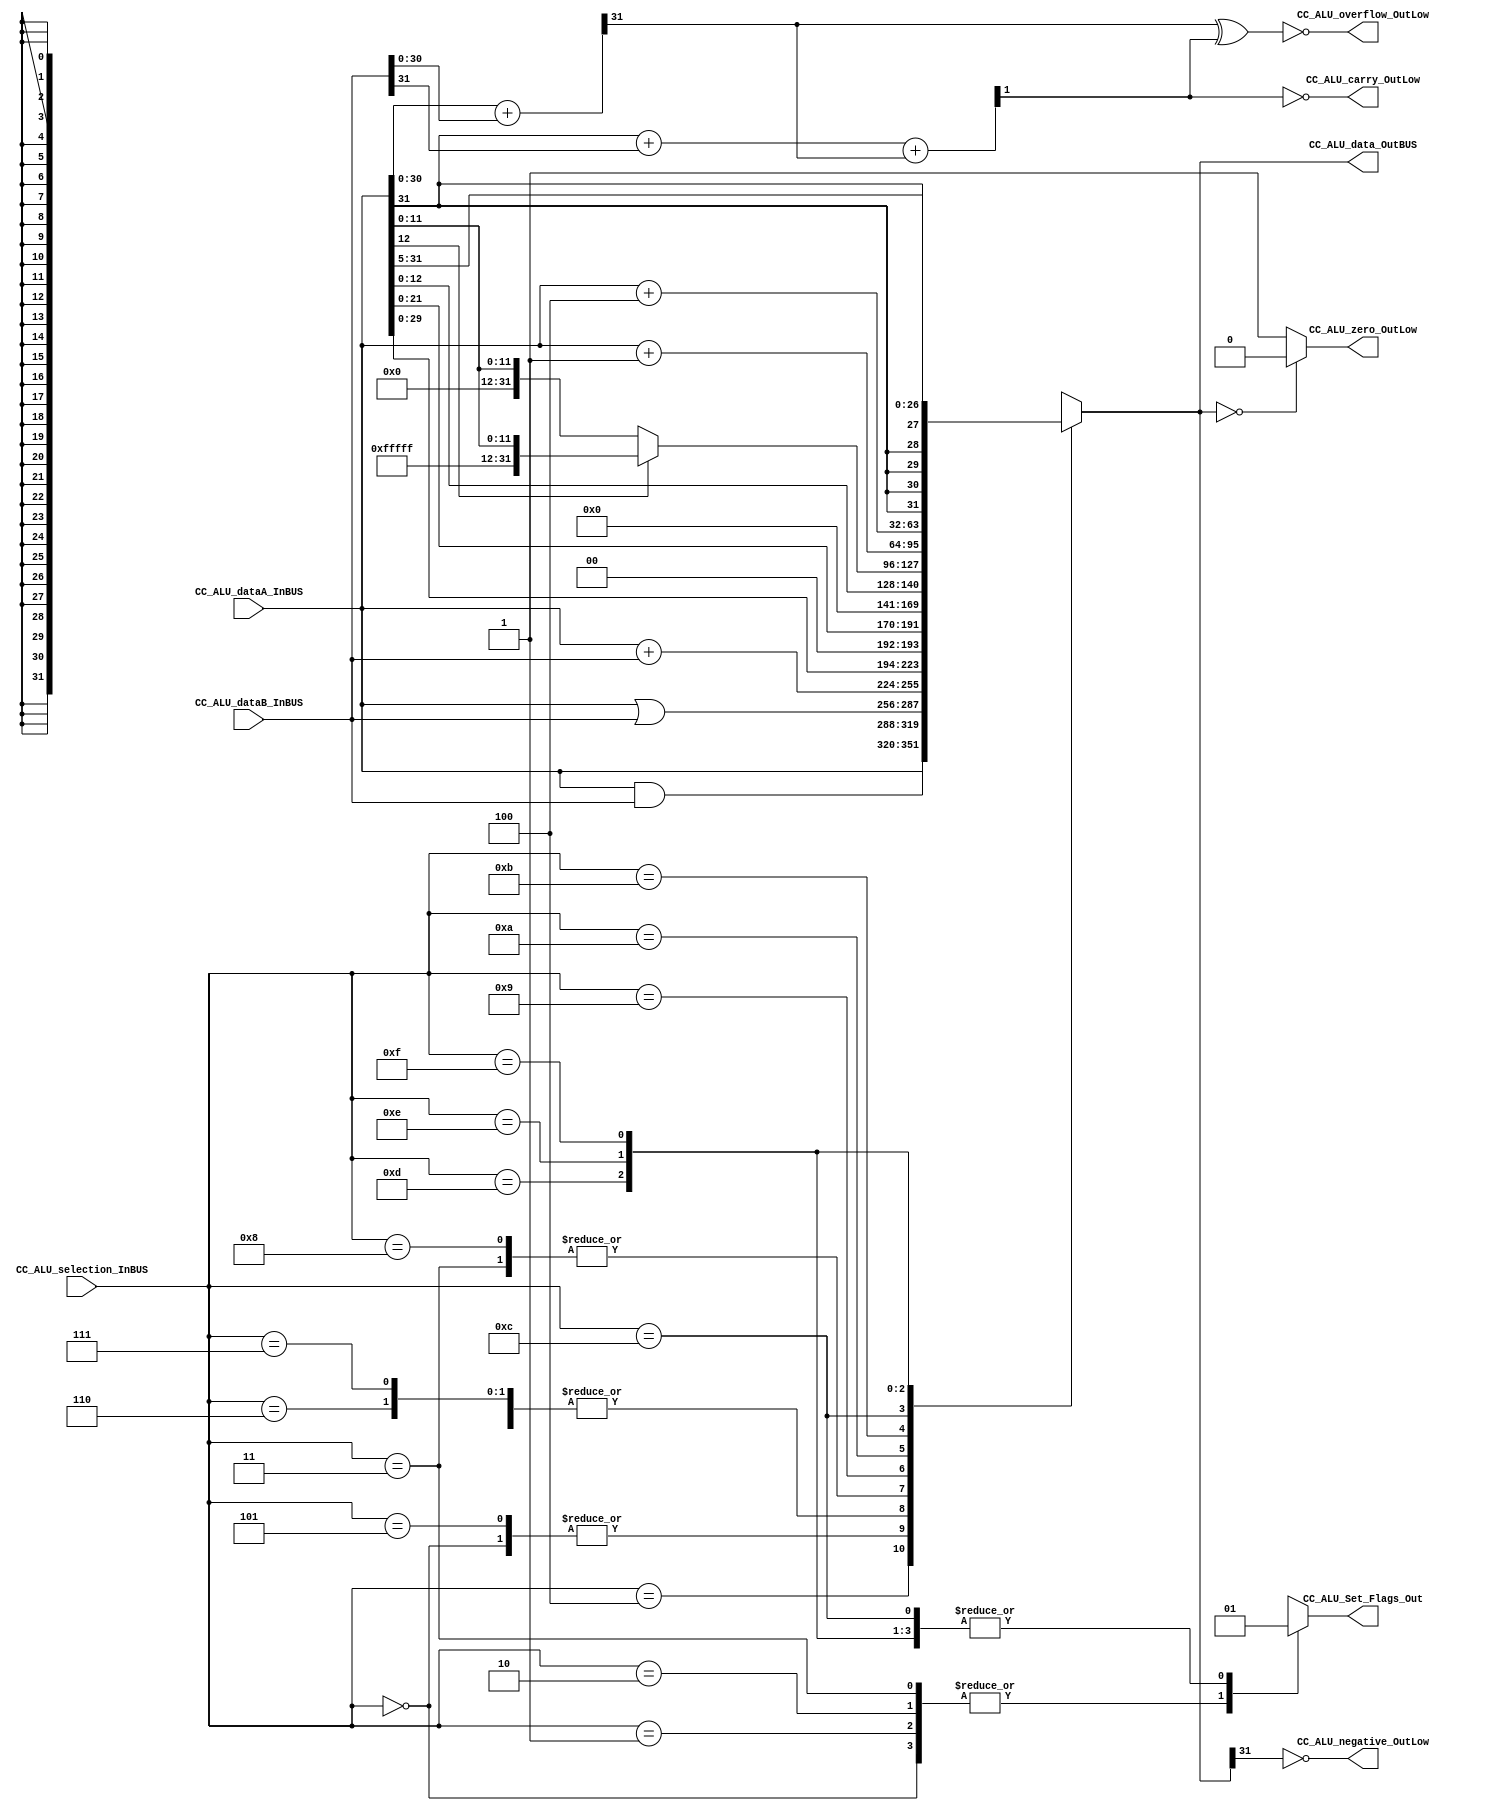
module CC_ALU #(parameter DATAWIDTH_BUS=32, parameter DATAWIDTH_ALU_SELECTION=4)(
	//////////// OUTPUTS //////////
	CC_ALU_overflow_OutLow,
	CC_ALU_carry_OutLow,
	CC_ALU_negative_OutLow,
	CC_ALU_zero_OutLow,
	CC_ALU_data_OutBUS,
	CC_ALU_Set_Flags_Out,
	//////////// INPUTS //////////
	CC_ALU_dataA_InBUS,
	CC_ALU_dataB_InBUS,
	CC_ALU_selection_InBUS
);
//=======================================================
//  PARAMETER declarations
//=======================================================

//=======================================================
//  PORT declarations
//=======================================================

//////////// OUTPUTS //////////
output 			CC_ALU_overflow_OutLow;
output 			CC_ALU_carry_OutLow;
output 			CC_ALU_negative_OutLow;
output 			CC_ALU_zero_OutLow;
output reg		CC_ALU_Set_Flags_Out;
output reg		[DATAWIDTH_BUS-1:0] CC_ALU_data_OutBUS;

//////////// INPUTS //////////
input			[DATAWIDTH_BUS-1:0] CC_ALU_dataA_InBUS;
input			[DATAWIDTH_BUS-1:0] CC_ALU_dataB_InBUS;
input			[DATAWIDTH_ALU_SELECTION-1:0] CC_ALU_selection_InBUS;
//=======================================================
//  REG/WIRE declarations
//=======================================================
wire caover,cout;
wire [DATAWIDTH_BUS-2:0] addition0; // Variable usada para la operacin suma y para determinar las flags
wire addition1;		// Variable usada para la operacin suma y para determinar las flags
//=======================================================
//  Structural coding
//=======================================================
//INPUT LOGIC: COMBINATIONAL
always@(*)
begin
	case (CC_ALU_selection_InBUS)	
		4'b0000:  begin
			 CC_ALU_data_OutBUS = CC_ALU_dataA_InBUS & CC_ALU_dataB_InBUS;	//ANDCC
			 CC_ALU_Set_Flags_Out = 1'b0;
			 end
		4'b0001:  begin
			 CC_ALU_data_OutBUS = CC_ALU_dataA_InBUS | CC_ALU_dataB_InBUS;	//ORCC
			 CC_ALU_Set_Flags_Out = 1'b0;
			 end
		4'b0010:  begin
			 CC_ALU_data_OutBUS = CC_ALU_dataA_InBUS | CC_ALU_dataB_InBUS; //NORCC
			 CC_ALU_Set_Flags_Out = 1'b0;
			end
		4'b0011:  begin
			 CC_ALU_data_OutBUS = CC_ALU_dataA_InBUS + CC_ALU_dataB_InBUS;	//ADDCC
			 CC_ALU_Set_Flags_Out = 1'b0;
			 end
		4'b0100:  begin
			 CC_ALU_data_OutBUS = CC_ALU_dataA_InBUS;	//SRL
			 CC_ALU_Set_Flags_Out = 1'b1;
			 end
		4'b0101:  begin
			 CC_ALU_data_OutBUS = CC_ALU_dataA_InBUS & CC_ALU_dataB_InBUS;	 //AND
			 CC_ALU_Set_Flags_Out = 1'b1;
			 end
		4'b0110:  begin
			 CC_ALU_data_OutBUS = CC_ALU_dataA_InBUS | CC_ALU_dataB_InBUS;	 //OR
			 CC_ALU_Set_Flags_Out = 1'b1;
			 end
		4'b0111:  begin
			 CC_ALU_data_OutBUS = CC_ALU_dataA_InBUS | CC_ALU_dataB_InBUS;	//NOR
			 CC_ALU_Set_Flags_Out = 1'b1;
			 end
		4'b1000:  begin
			 CC_ALU_data_OutBUS = CC_ALU_dataA_InBUS + CC_ALU_dataB_InBUS;	//ADD
			 CC_ALU_Set_Flags_Out = 1'b1;
			 end
		4'b1001:  begin
			 CC_ALU_data_OutBUS = {CC_ALU_dataA_InBUS[29:0], 2'b00};	//LSHIFT2
			 CC_ALU_Set_Flags_Out = 1'b1;
			 end
		4'b1010:  begin
			 CC_ALU_data_OutBUS = {CC_ALU_dataA_InBUS[21:0], 10'b0000000000};	//LSHIFT10
			 CC_ALU_Set_Flags_Out = 1'b1;
			 end
		4'b1011:  begin
			 CC_ALU_data_OutBUS = {19'b0000000000000000000,CC_ALU_dataA_InBUS[DATAWIDTH_BUS-20:0]}; //SIMM13
			 CC_ALU_Set_Flags_Out = 1'b1;
			 end
		4'b1100:  begin
				if(CC_ALU_dataA_InBUS[12]==1) begin //SEXT13 
						CC_ALU_data_OutBUS = {19'b1111111111111111111, CC_ALU_dataA_InBUS[12:0]};
						CC_ALU_Set_Flags_Out = 1'b1;
					end
				else
					begin
						CC_ALU_data_OutBUS = {19'b0000000000000000000, CC_ALU_dataA_InBUS[12:0]};
						CC_ALU_Set_Flags_Out = 1'b1;
					end
			 end
		4'b1101:  begin
			 CC_ALU_data_OutBUS = CC_ALU_dataA_InBUS + 1'b1;		//INC
			 CC_ALU_Set_Flags_Out = 1'b1;
			 end
		4'b1110:  begin
			 CC_ALU_data_OutBUS = CC_ALU_dataA_InBUS + 3'b100;		//INCPC
			 CC_ALU_Set_Flags_Out = 1'b1;
			 end
		4'b1111:  begin
			 CC_ALU_data_OutBUS = {CC_ALU_dataA_InBUS[DATAWIDTH_BUS-1],CC_ALU_dataA_InBUS[DATAWIDTH_BUS-1],CC_ALU_dataA_InBUS[DATAWIDTH_BUS-1],CC_ALU_dataA_InBUS[DATAWIDTH_BUS-1],CC_ALU_dataA_InBUS[DATAWIDTH_BUS-1], CC_ALU_dataA_InBUS[DATAWIDTH_BUS-1:5]};	//RSHIFT5
			 CC_ALU_Set_Flags_Out = 1'b1;
			 end	
		default : begin 
				CC_ALU_data_OutBUS = CC_ALU_dataA_InBUS; // Default
				CC_ALU_Set_Flags_Out = 1'b1;
			end
	endcase
end
//=======================================================
//  Outputs
//=======================================================
/*Flags*/
assign {caover,addition0[DATAWIDTH_BUS-2:0]}=CC_ALU_dataA_InBUS[DATAWIDTH_BUS-2:0] + CC_ALU_dataB_InBUS[DATAWIDTH_BUS-2:0]; 	// Determinacin de carry del bit nmero 7
assign {cout,addition1}= CC_ALU_dataA_InBUS[DATAWIDTH_BUS-1] + CC_ALU_dataB_InBUS[DATAWIDTH_BUS-1] + caover;	// Determinacin de la flag Carry y la suma de busA y busB
assign CC_ALU_zero_OutLow=(CC_ALU_data_OutBUS==8'b00000000) ? 1'b0 : 1'b1;	// Determinacin de la flag Zero
assign CC_ALU_carry_OutLow = ~cout;
assign CC_ALU_overflow_OutLow = ~ (caover ^ cout);		// Determinacin de la flag Ov a partir de la flag Carry y el carry del bit 7
assign CC_ALU_negative_OutLow = ~ (CC_ALU_data_OutBUS[DATAWIDTH_BUS-1]);	

endmodule